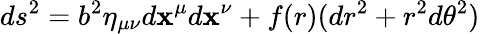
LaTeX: ds^{2}=b^{2}\eta_{\mu\nu}d\mathbf{x}^{\mu}d\mathbf{x}^{\nu}+f(r)(dr^{2}+r^{2}d\theta^{2})